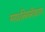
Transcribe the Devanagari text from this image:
गया।निगमीकरण